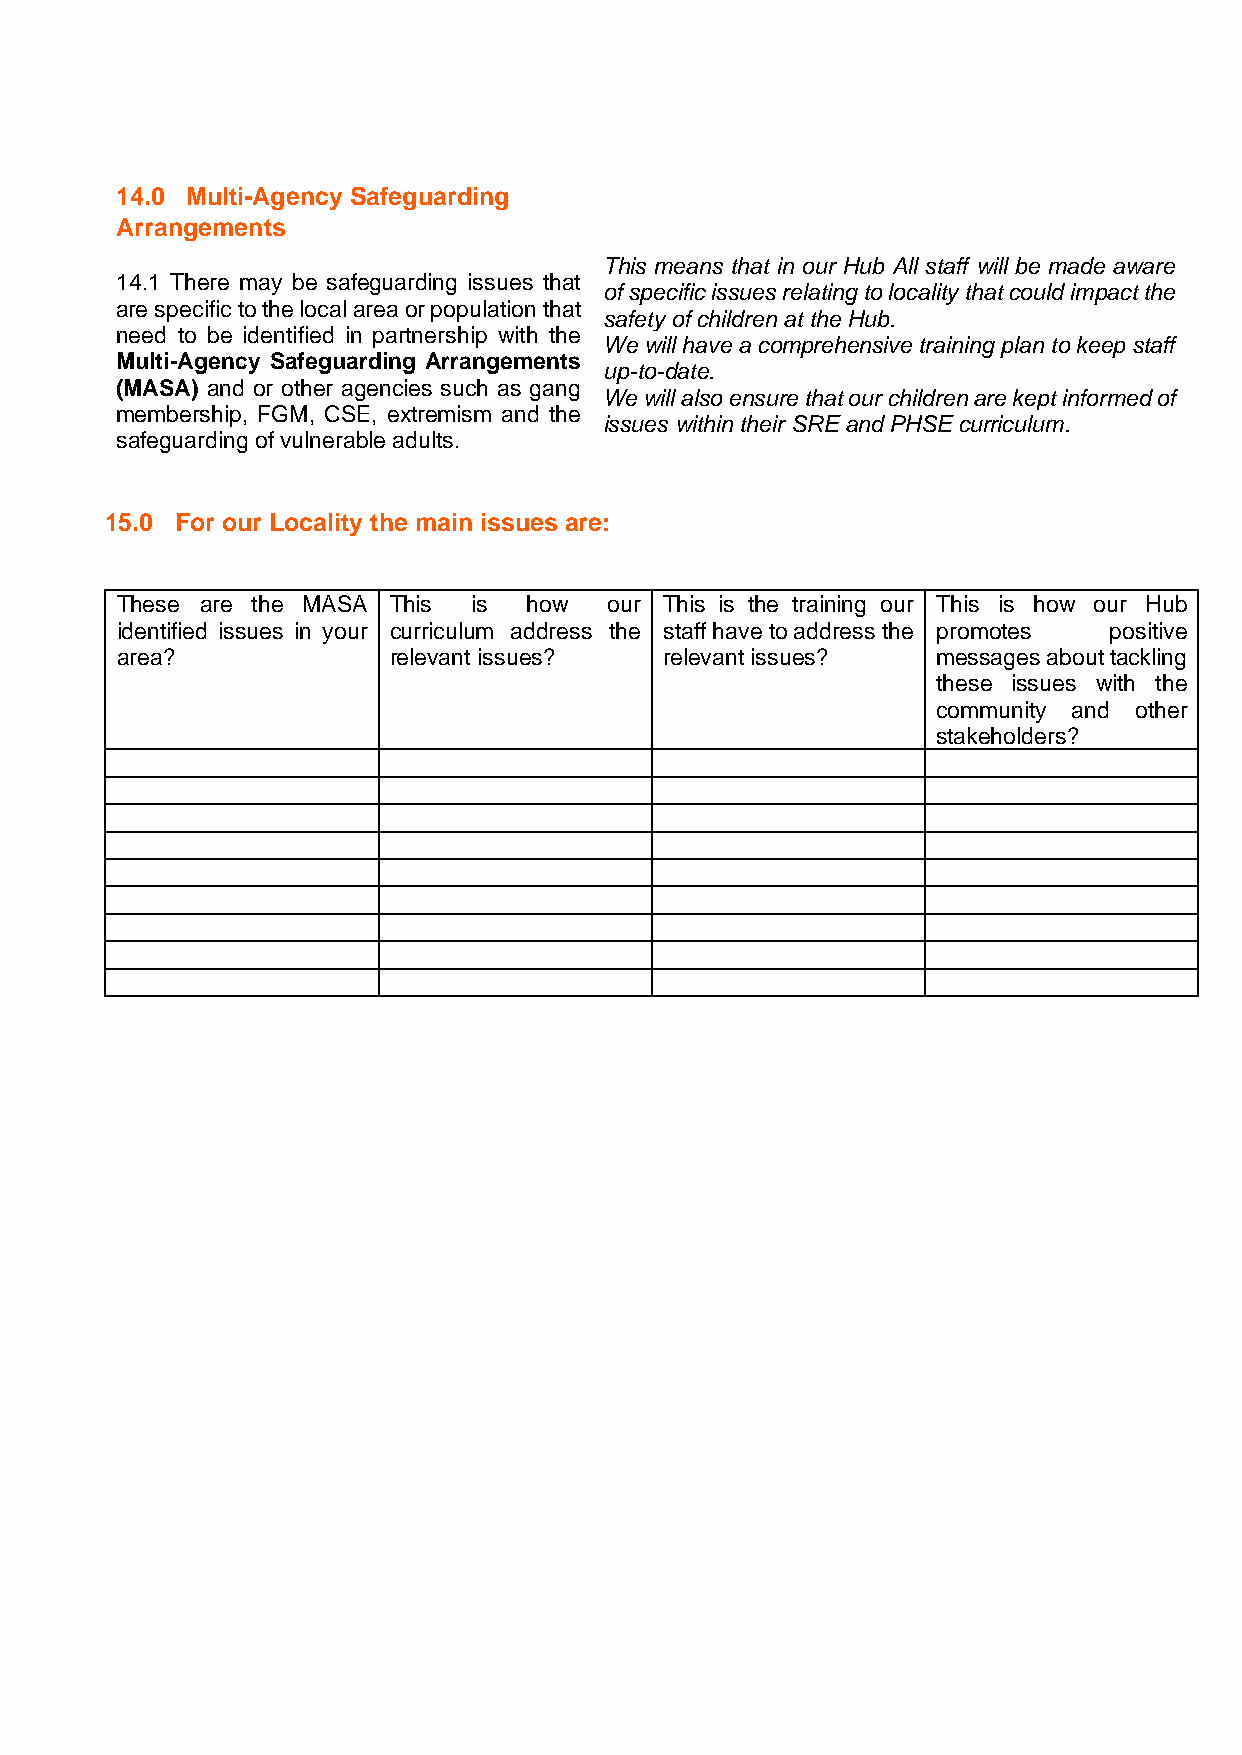
14.0 Multi-Agency Safeguarding
 Arrangements
 This means that in our Hub All staff will be made aware
 14.1 There may be safeguarding issues that
 of specific issues relating to locality that could impact the
 are specific to the local area or population that
 safety of children at the Hub.
 need to be identified in partnership with the
 We will have a comprehensive training plan to keep staff
 Multi-Agency Safeguarding Arrangements
 up-to-date.
 (MASA) and or other agencies such as gang
 We will also ensure that our children are kept informed of
 membership, FGM, CSE, extremism and the
 issues within their SRE and PHSE curriculum.
 safeguarding of vulnerable adults.
 15.0 For our Locality the main issues are:
 These are the MASA This is how  our This is the training our This is how our Hub
 identified issues in your curriculum address the staff have to address the promotes positive
 area?             relevant issues?  relevant issues?  messages about tackling
 these issues with the
 community and other
 stakeholders?